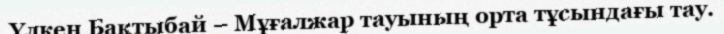
Үлкен Бақтыбай – Мұғалжар тауының орта тұсындағы тау.